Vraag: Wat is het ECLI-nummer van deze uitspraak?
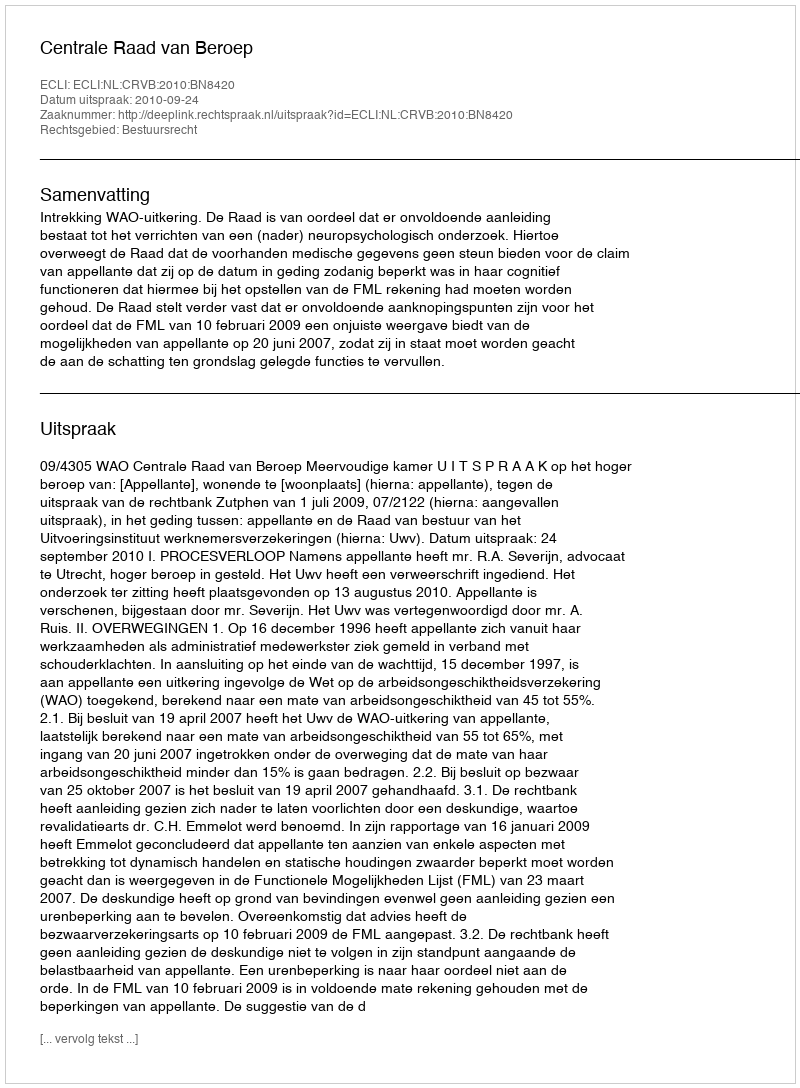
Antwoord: ECLI:NL:CRVB:2010:BN8420